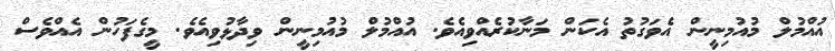
އުއްމުލް މުއުމިނީން އެވަގުތު އެކަން މަނާކުރެއްވިއެވެ. އުއްމުލް މުއުމިނީން ވިދާޅުވިއެވެ. މީގެފަހުން އެއްވެސް